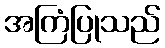
အကြံပြုသည်